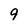
Character: 9